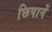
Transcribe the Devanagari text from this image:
छिपानें